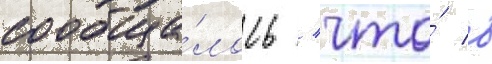
сообща́лось / что́ в